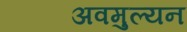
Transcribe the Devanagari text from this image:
अवमुल्यन